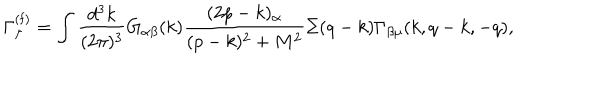
LaTeX: \Gamma _ { \mu } ^ { ( \mathrm { f ) } } = \int { \frac { d ^ { 3 } k } { ( 2 \pi ) ^ { 3 } } } G _ { \alpha \beta } ( k ) { \frac { ( 2 p - k ) _ { \alpha } } { ( p - k ) ^ { 2 } + M ^ { 2 } } } \Sigma ( q - k ) \Gamma _ { \beta \mu } ( k , q - k , - q ) ,